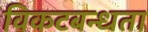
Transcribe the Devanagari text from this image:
विकटबन्धता